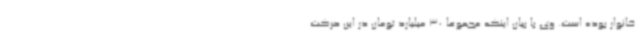
خانوار بوده است. وی با بیان اینکه مجموعا 30 میلیارد تومان در این حرکت